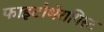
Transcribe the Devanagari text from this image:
फाइटोथेरापिस्ट